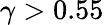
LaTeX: \gamma>0.55